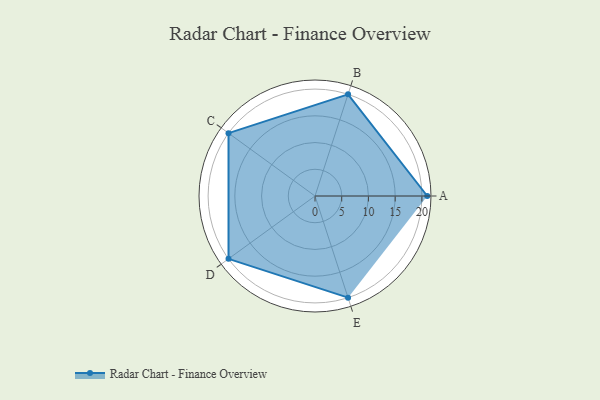
{"axis": {"x": "Skill", "y": "Score"}, "legend": ["Profile"], "data": [{"x": "A", "y": 21.0, "type": "Profile"}, {"x": "B", "y": 20, "type": "Profile"}, {"x": "C", "y": 20, "type": "Profile"}, {"x": "D", "y": 20, "type": "Profile"}, {"x": "E", "y": 20, "type": "Profile"}]}